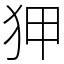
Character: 狎